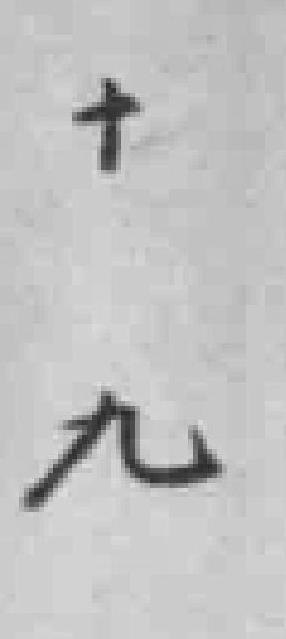
十九